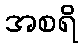
အစရိ